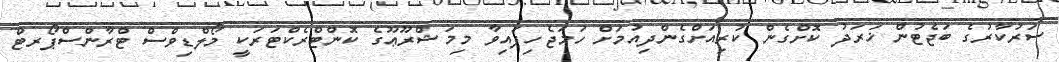
ސަރުކާރުގެ ބަޖެޓުން ޚަރަދު ކޮށްގެން ކުރިއަށްގެންދިއުމަށް ހަމަޖެހިފައިވާ މިމަޝްރޫޢޫގެ ކޮންޓްރެކްޓަރަކީ މޯލްޑިވްސް ޓްރާންސްޕޯރޓް